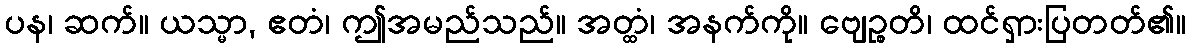
ပန၊ ဆက်။ ယသ္မာ, ဧတံ၊ ဤအမည်သည်။ အတ္ထံ၊ အနက်ကို။ ဗျေဉ္စတိ၊ ထင်ရှားပြတတ်၏။